Calcutta medical institutions reports 1892-1900
Year: 1892
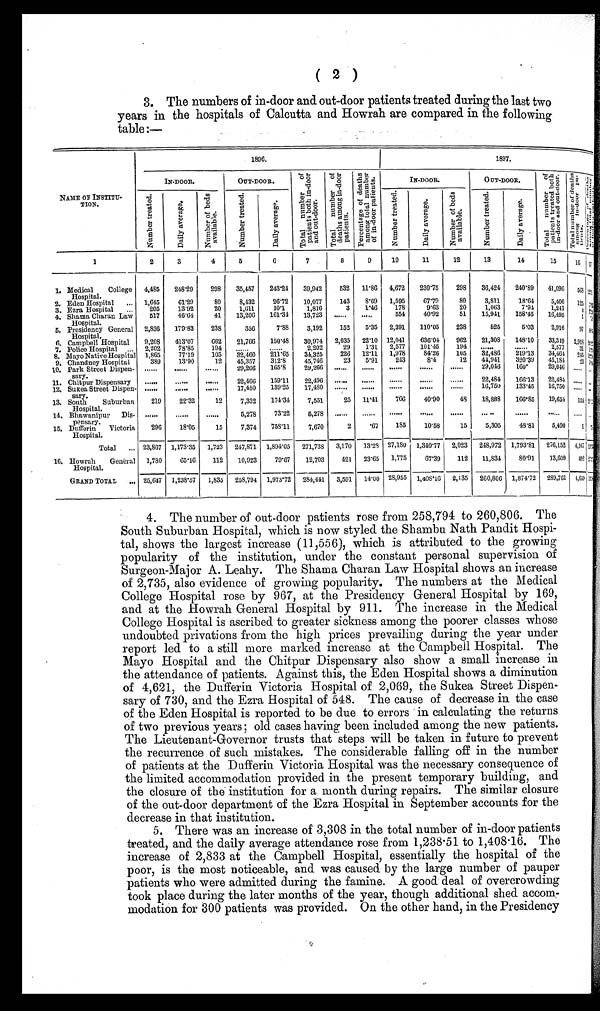
( 2 )
3. The numbers of in-door and out-door patients treated during the last two
years in the hospitals of Calcutta and Howrah are compared in the following
table:—
NAME OF INSTITU-
TION.
1896.
1897.
IN-DOOR.
OUT-DOOR.
T o t a l n u m b e r o f
p a t i e n t s b o t h i n - d o o r
a n d o u t - d o o r .
T o t a l n u m b e r o f
d e a t h s a m o n g i n - d o o r
p a t i e n t s .
P e r c e n t a g e o f d e a t h s
a m o n g t o t a l n u m b e r
o f i n - d o o r p a t i e n t s .
IN-DOOR.
OUT-DOOR.
T o t a l n u m b e r o f
p a t i e n t s t r e a t e d b o t h
i n - d o o r a n d o u t - d o o r .
T o t a l n u m b e r o f d e a t h s
a m o n g i n - d o o r p a -
t i e n t s .
P e r c e n t a g e o f d e a t h s
a m o n g t o t a l n u m b e r
o f i n - d o o r p a t i e n t s .
N u m b e r t r e a t e d .
D a i l y a v e r a g e .
N u m b e r o f b e d s
a v a i l a b l e .
N u m b e r t r e a t e d .
D a i l y a v e r a g e .
N u m b e r t r e a t e d .
D a i l y a v e r a g e . N u m b e r o f b e d s
a v a i l a b l e .
N u m b e r t r e a t e d .
D a i l y a v e r a g e .
1
2
3
4
5
6
7
8
9
10
11
12
13
14
15
16 1 7
1. Medical College
Hopital .
4,485 248.29
298 35,457 243.24 39,942
532 11.86 4,672 230.75
298 36,424 240.89 41,096
5 6 8
1 2 . 1
2. Eden Hospital ... 1,645
61.29
80
8,432
26.72 10,077
143 8.69 1,595
67.79
80
3,811
18.64
5,406 125 7
3. Ezra Hospital ...
205
13.92
20
1,611
10.1
1,816
3 1.46
178
9.63
20
1,063
7.94
1,241
4 2
4. Shama Charan Law
Hospital.
517
46.64
41 13,206 161.34 13,723
. . . . . .
. . . . . . 554
40.92
51 15,941 158.45 16,495
1
5. Presidency General
Hospital.
2,836 179.83
238
356
7.88
3,192
152
5.35 2,391 110.05
238
525
5.03
2,916 97
6. Campbell Hospital
9,208 413.07
662 21,766 150.48 30,974 2,035 22.10 12,041
636.04 962 21,308 148.10 33,349 2,918 2 4
7. Police Hospital ... 2,202
78.85
194
. . . . . .
......
2,202
29 1.31 2,577 101.45
194
. . . . . .
. . . . . . 2,577 31
1
8. Mayo Native Hospital 1,865
77.19
105 32,460 211.65
34,325
226 12.11 1,978
84.26
105 32,486
219.13 34,464 245
1
9. Chandney Hospital
389
13.90
12 45,357 312.8
45,746
23 5.91
243
8.4
12 44,941 320.39 45,184 23 9
10. Park Street Dispen-
sary.
............
. . . . . . 29,266 165.8
29,266
. . . . . .
. . . . . .
. . . . . .
......
. . . . . . 29,046
160.
29,046 ...... . . .
11. Chitpur Dispensary
............
. . . . . . 22,466 159.11
22,496
. . . . . .
. . . . . .
. . . . . .
......
. . . . . . 22,484 166.13 22,484 ...... . . .
12. Sukea Street Dispen-
sary.
............
. . . . . . 17,480 139.23 17,480
. . . . . .
. . . . . .
. . . . . .
. . . . . .
. . . . . . 16,750
133.45 16,750 ...... . . .
13. South Suburban
Hospital.
219
22.32
12
7,332 174.34
7,551
25 11.41 766
40.90
48 18,888 166.85 19,654
1 5 4
14. Bhawanipur Dis-
pensary.
............
. . . . . . 5,278
73.22
5,278
. . . . . .
. . . . . .
. . . . . .
......
. . . . . .
. . . . . .
. . . . . . ...... ...... . . .
15. Dufferin Victoria
Hospital.
296
18.05
15
7,374
7 5 8 . 1 1
7,670
2
.67
185
10.58
15
5,305
48.81
5,490
1
Total ... 23,867 1,173.35 1,723 247,871 1,894.05 271,738 3,170 13.28 27,180 1,340.77 2,023 248,972 1,793.81 276,152 4,167 1 5 . 3
16. Howrah General
Hospital.
1,780
6 5 . 1 6
112 10,923
79.67
12,703
421 23.65 1,775
6 7 . 3 9 112 11,834
80.91 13,609 492
GRAND TOTAL
. . . 25,647 1,238.57 1,835 258,794 1,973.72 284,441 3,591 14.00 28,955 1,408.16 2,135 260,806 1,874.72 289,761 4,659 1 5 0
4. The number of out-door patients rose from 258,794 to 260,806. The
South Suburban Hospital, which is now styled the Shambu Nath Pandit Hospi-
tal, shows the largest increase (11,556), which is attributed to the growing
popularity of the institution, under the constant personal supervision of
Surgeon-Major A. Leahy. The Shama Charan Law Hospital shows an increase
of 2,735, also evidence of growing popularity. The numbers at the Medical
College Hospital rose by 967, at the Presidency General Hospital by 169,
and at the Howrah General Hospital by 911. The increase in the Medical
College Hospital is ascribed to greater sickness among the poorer classes whose
undoubted privations from the high prices prevailing during the year under
report led to a still more marked increase at the Campbell Hospital. The
Mayo Hospital and the Chitpur Dispensary also show a small increase in
the attendance of patients. Against this, the Eden Hospital shows a diminution
of 4,621, the Dufferin Victoria Hospital of 2,069, the Sukea Street Dispen-
sary of 730, and the Ezra Hospital of 548. The cause of decrease in the case
of the Eden Hospital is reported to be due to errors in calculating the returns
of two previous years; old cases having been included among the new patients.
The Lieutenant-Governor trusts that steps will be taken in future to prevent
the recurrence of such mistakes. The considerable falling off in the number
of patients at the Dufferin Victoria Hospital was the necessary consequence of
the limited accommodation provided in the present temporary building, and
the closure of the institution for a month during repairs. The similar closure
of the out-door department of the Ezra Hospital in September accounts for the
decrease in that institution.
5. There was an increase of 3,308 in the total number of in-door patients
treated, and the daily average attendance rose from 1,238.51 to 1,408.16. The
increase of 2,833 at the Campbell Hospital, essentially the hospital of the
poor, is the most noticeable, and was caused by the large number of pauper
patients who were admitted during the famine. A good deal of overcrowding
took place during the later months of the year, though additional shed accom-
modation for 300 patients was provided. On the other hand, in the Presidency